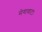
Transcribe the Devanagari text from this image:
मेगावाट।